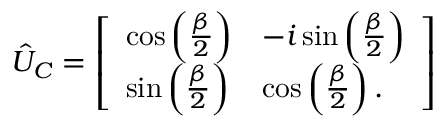
\hat { U } _ { C } = \left[ \begin{array} { l l } { \cos \left( \frac { \beta } { 2 } \right) } & { - i \sin \left( \frac { \beta } { 2 } \right) } \\ { \sin \left( \frac { \beta } { 2 } \right) } & { \cos \left( \frac { \beta } { 2 } \right) . } \end{array} \right]